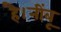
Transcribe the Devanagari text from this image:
है।नींबू